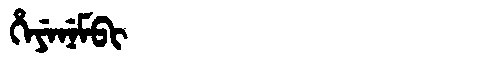
Manchu: ᡥᡝᠶᡝᠨᡝᠮᠪᡳ
Romanization: HEYENEMBI